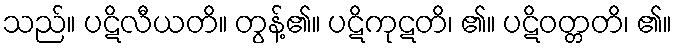
သည်။ ပဋိလီယတိ။ တွန့်၏။ ပဋိကုဋတိ၊ ၏။ ပဋိဝတ္တတိ၊ ၏။